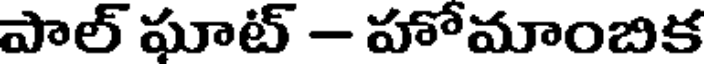
పాల్ ఘాట్ - హోమాంబిక